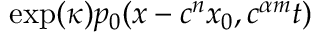
\exp ( \kappa ) p _ { 0 } ( x - c ^ { n } x _ { 0 } , c ^ { \alpha m } t )